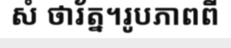
សំ ថារ័ត្ន។រូបភាពពី